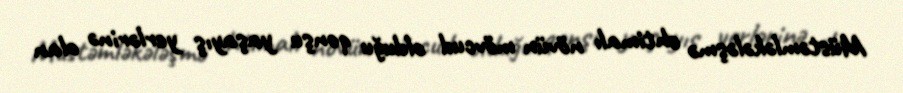
Müstəmləkələşmə ehtimalı növün mövcud olduğu qonşu yaşayış yerlərinə olan